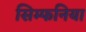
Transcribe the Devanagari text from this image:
सिम्फनिया